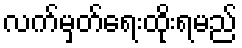
လက်မှတ်ရေးထိုးရမည်